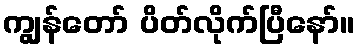
ကျွန်တော် ပိတ်လိုက်ပြီနော်။